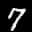
Label: 7